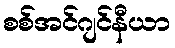
စစ်အင်ဂျင်နီယာ